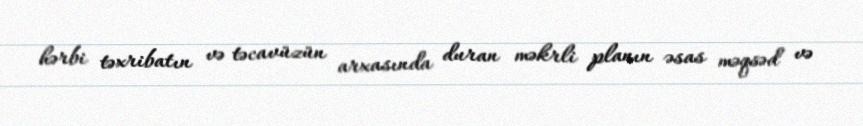
hərbi təxribatın və təcavüzün arxasında duran məkrli planın əsas məqsəd və